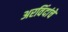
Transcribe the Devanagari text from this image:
अरविंदांचे